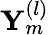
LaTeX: \mathbf{Y}_{m}^{(l)}